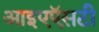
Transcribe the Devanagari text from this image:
आइएऍसटी